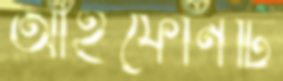
আইফোনটি